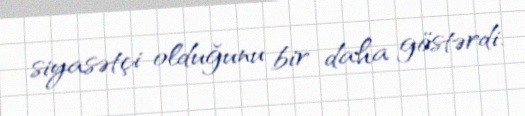
siyasətçi olduğunu bir daha göstərdi.